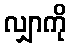
လျှာကို